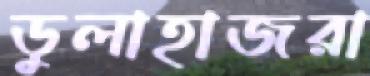
ডুলাহাজরা